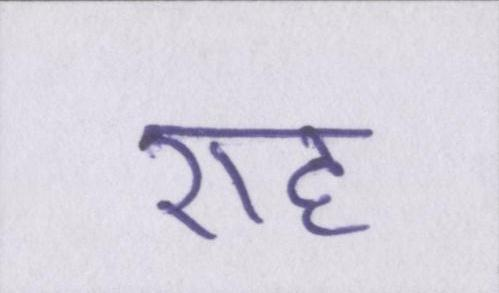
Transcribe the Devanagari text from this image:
राह